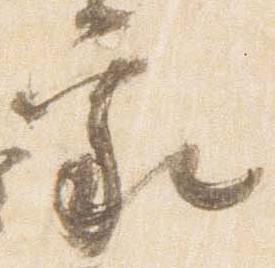
家